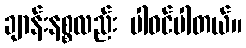
ချာန်းနစ္စလည်း ပါဝင်ပါတယ်။